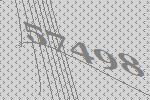
57498